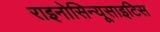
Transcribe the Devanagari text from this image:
राइनोसिन्यूसाइटिस